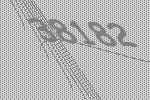
38182